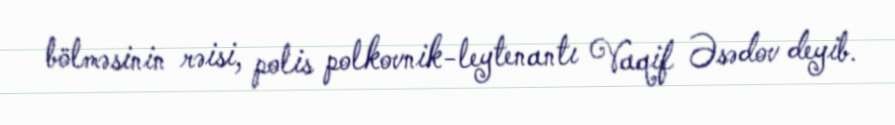
bölməsinin rəisi, polis polkovnik-leytenantı Vaqif Əsədov deyib.